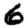
Digit: 6